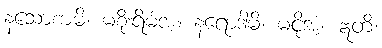
နသောစာမိ၊ မစိုးရိမ်အံ့။ နရောဒါမိ၊ မငိုအံ့။ ဣတိ၊